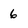
Character: 6